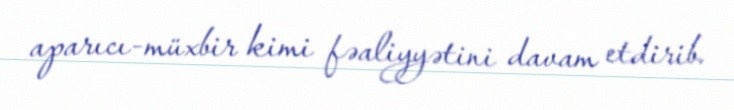
aparıcı-müxbir kimi fəaliyyətini davam etdirib.